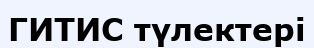
ГИТИС түлектері